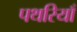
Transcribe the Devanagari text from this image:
पथरियाँ